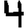
Digit: 4